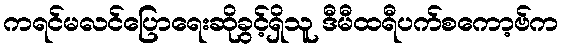
ကရင်မလင်ပြောရေးဆိုခွင့်ရှိသူ ဒီမီထရီပက်စကော့ဗ်က